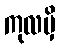
ကုလမှိ